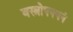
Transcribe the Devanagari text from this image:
वस्त्रोपनयनं